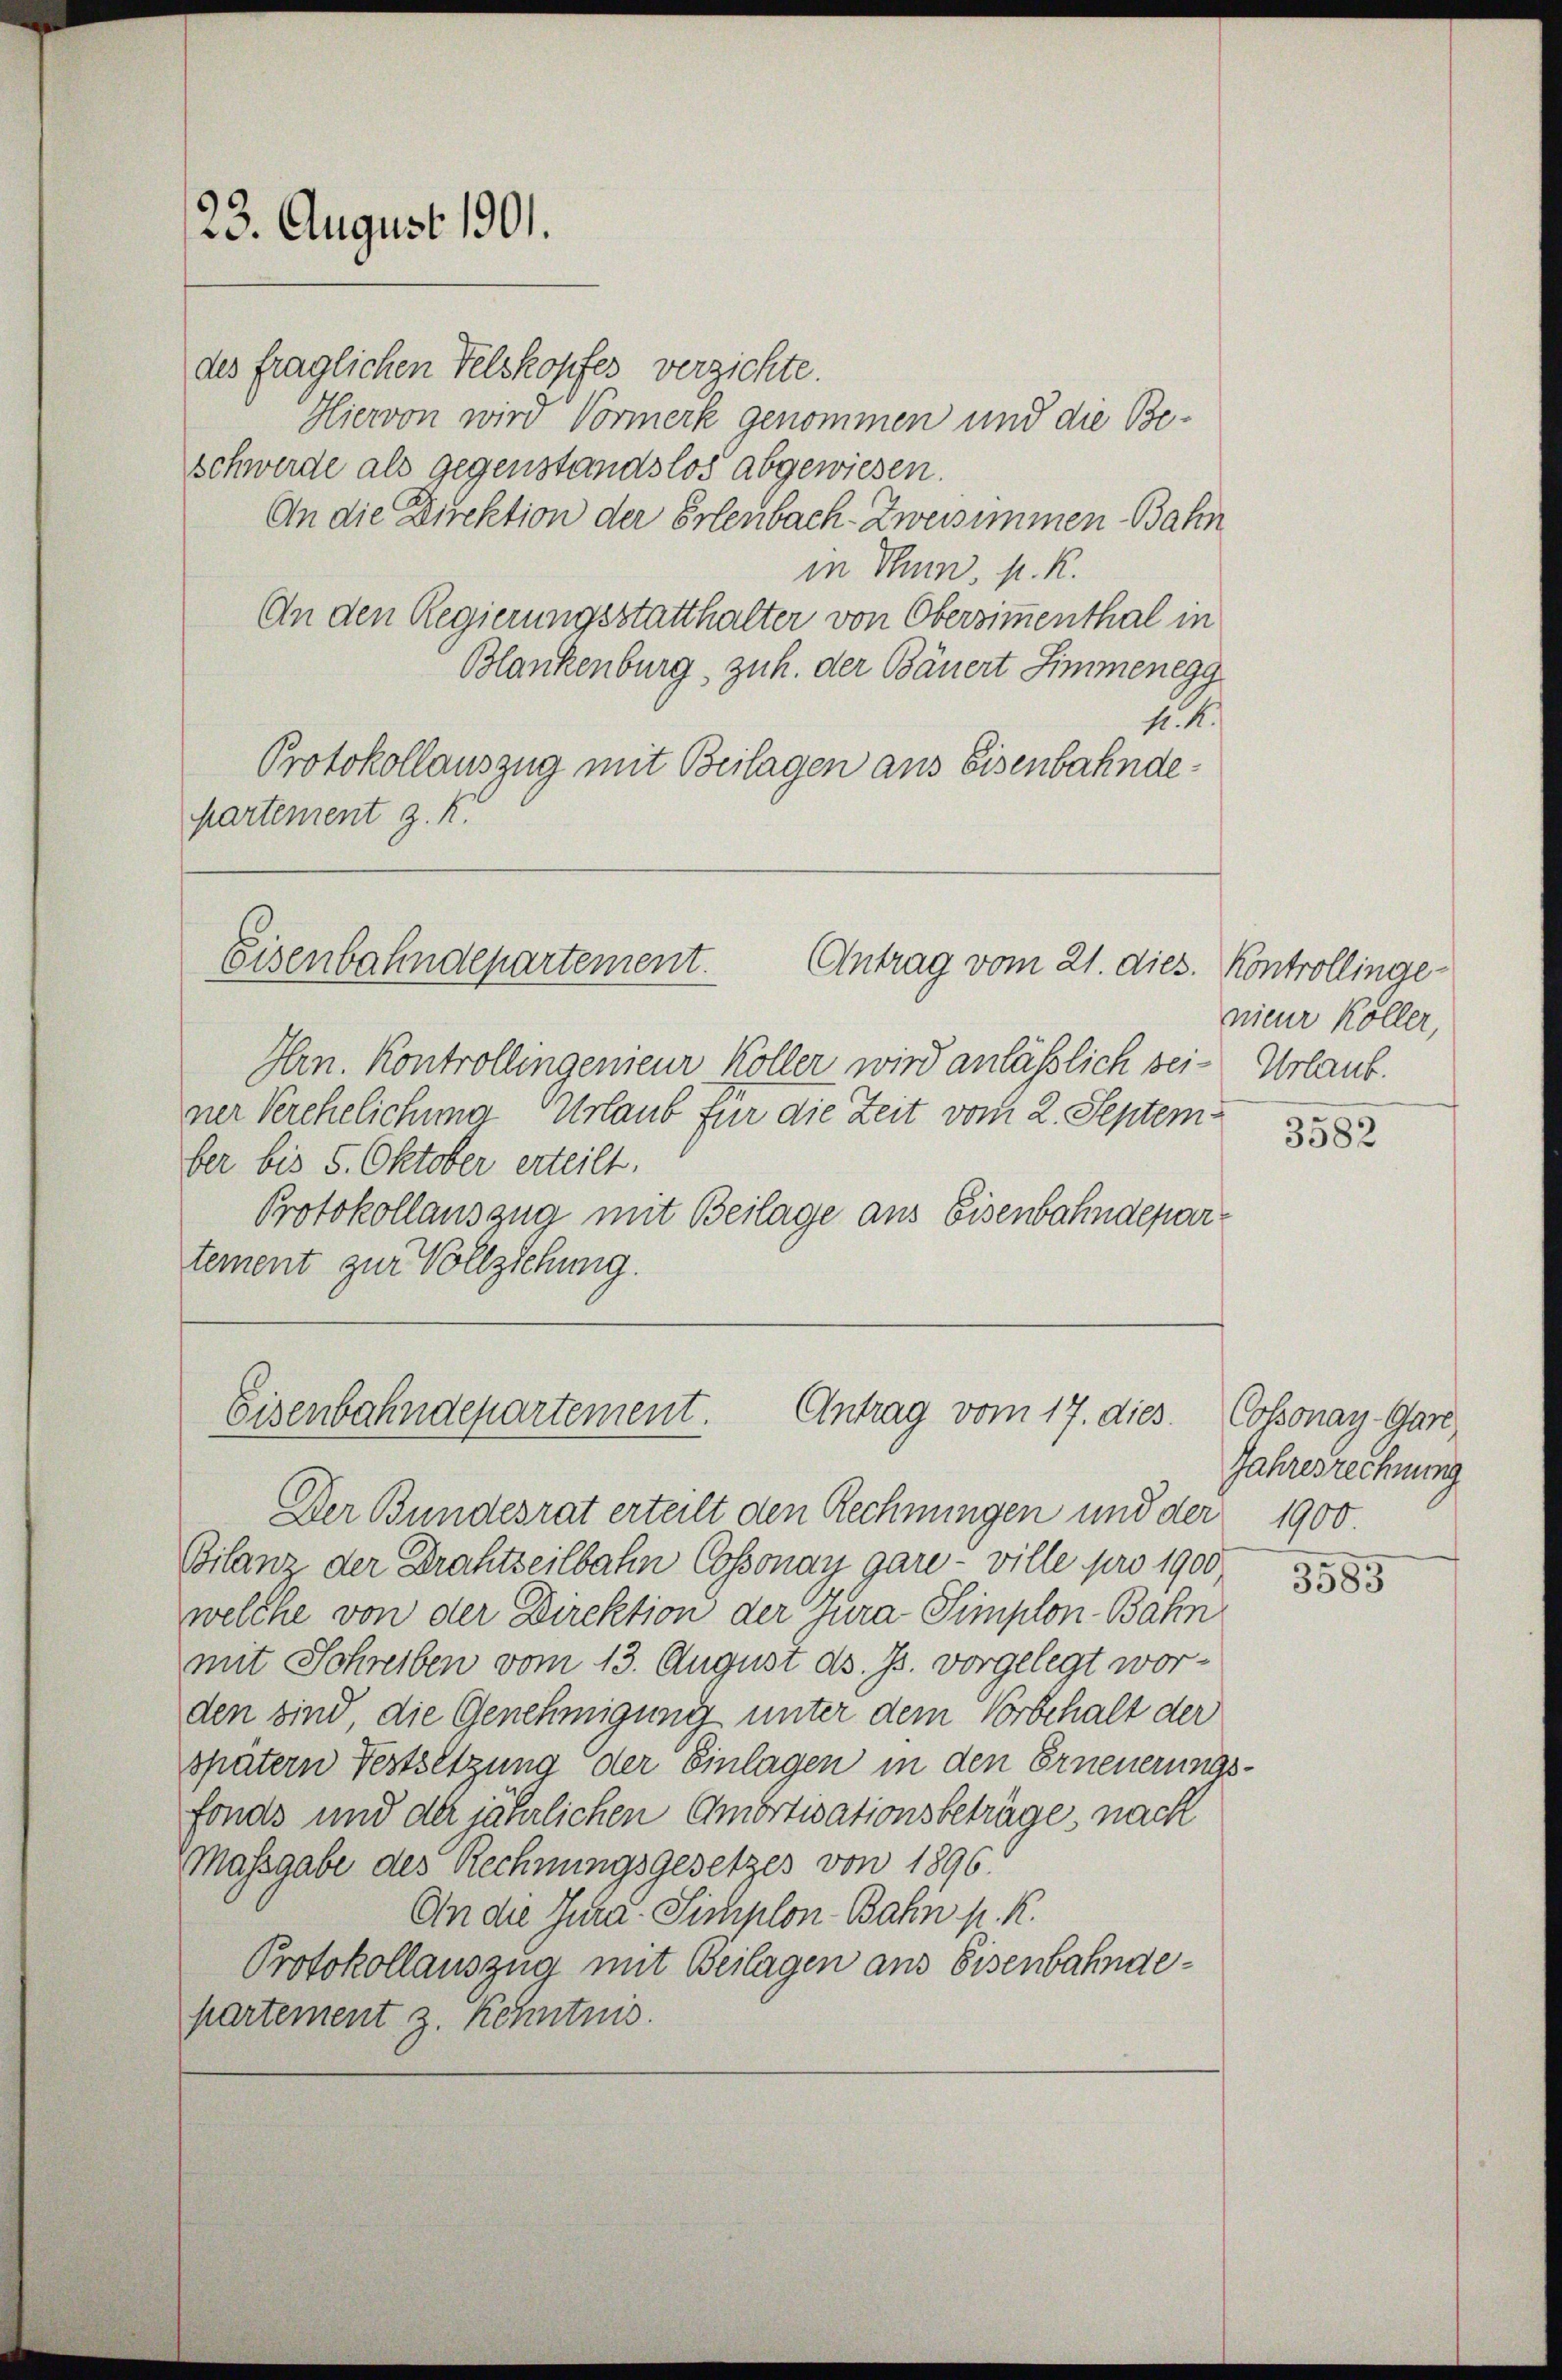
des fraglichen Felskopfes verzichte.
Hiervon wird Vormerk genommen und die Beschwerde als gegenstandslos abgewiesen.
An die Direktion der Erlenbach-Zweisimmen Bahn
in Thun, s. R.
An den Regierungsstatthalter von Obersimmenthal in
Blankenburg, zuh. der Bäuert Simmenegg
No. 4.
Protokollauszug mit Beilagen aus Eisenbahndepartement z. K.

23. August 1901.

Eisenbahndepartement.
Antrag vom 21. dies. Kontrollinge-

Eisenbahndepartement. Antrag vom 17. dies

Hrn. Kontrollingenieur Koller wird anläßlich sei- Urlaub.
ner Verehelichung Urlaub für die Zeit vom 2. Septemfer bis 5. Oktober erteilt.
Protokollauszug mit Beilage aus Eisenbahndepartement zur Vollziehung.

nieur Köller,

Der Bundesrat erteilt den Rechnungen und der 1900.
Bilanz der Drahtseilbahn Cossonay gare - ville pro 1900
welche von der Direktion der Jura-Simplon-Bahn
mit Schreiben vom 13. August ds. Js. vorgelegt worden sind die Genehmigung unter dem Vorbehalt der
spätern Festsetzung der Einlagen in den Erneuerungsfonds und der jährlichen Amortisationsbeträge nach
Massgabe des Rechnungsgesetzes von 1896.
An die Jura-Simplon-Bahn p. K.
Protokollauszug mit Beilagen aus Eisenbahndepartement z. Kenntnis.

3582

Cossonay-Gare
Jahresrechnung

5585